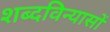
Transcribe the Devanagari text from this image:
शब्दविन्यासों